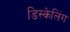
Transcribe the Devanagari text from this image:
डिस्केलिंग